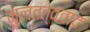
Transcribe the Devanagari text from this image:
मुलतत्ववाद